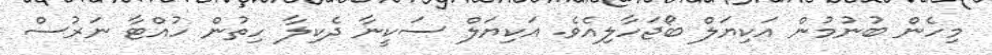
މިހެން ބުނުމުން އަކިޔަލް ބޯޖަހާލިއެވެ. އަކިޔަލް ސަކީނާ ދެކިލާ ހިތުން ހުއްޓާ ނަރުސް